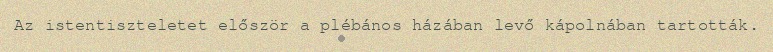
Az istentiszteletet először a plébános házában levő kápolnában tartották.